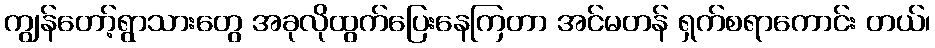
ကျွန်တော့်ရွာသားတွေ အခုလိုထွက်ပြေးနေကြတာ အင်မတန် ရှက်စရာကောင်း တယ်၊